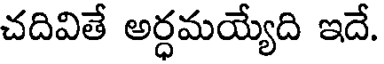
చదివితే అర్ధమయ్యేది ఇదే.